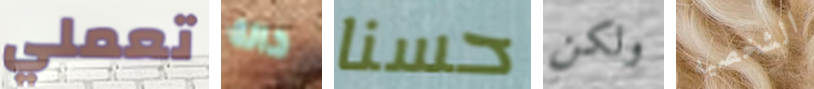
تعملي حالة حسنا ولكن الشخصيه